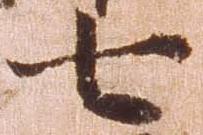
七